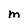
Character: M